Sanitation, dispensaries and jails vaccination Rajputana 1922-1927 - 1922-1927
Year: 1922
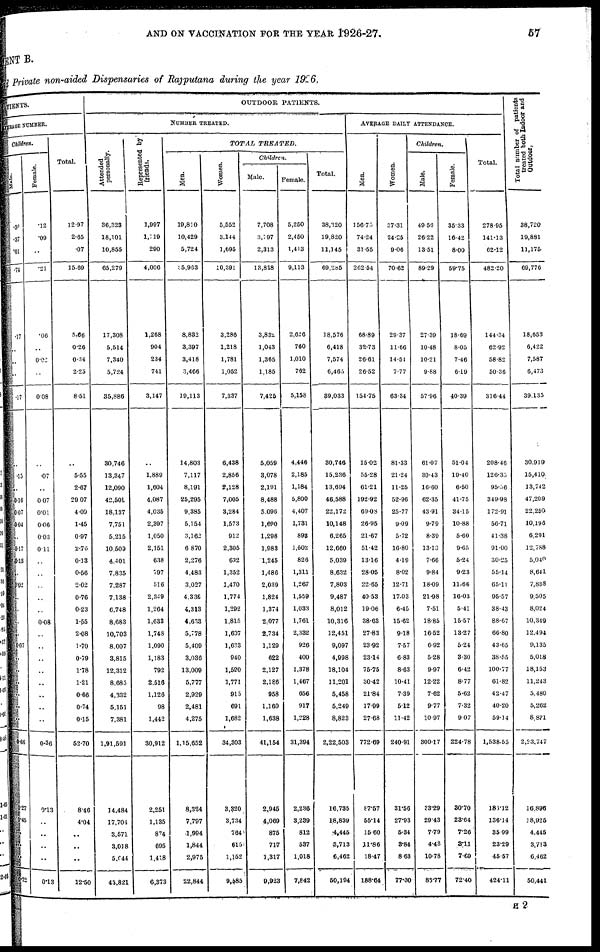
AND ON VACCINATION FOR THE YEAR 1926-27.
57
MENT B.
and private non-aided Dispensaries of Rajputana during the year 1926.
PATIENTS.
AVERAGE NUMBER.
Children.
Male.
.36
.37
.01
.74
.17
..
..
..
.17
..
.15
..
0.10
0.07
0.04
..
0.17
0.13
..
0.02
...
..
..
..
6.07
..
..
..
..
..
..
0.66
0.27
0.45
..
..
..
0.72
Female.
.12
.09
..
.21
.06
..
0.02
..
0.08
..
.07
..
007
0.01
0.06
0.03
0.11
..
..
..
..
..
0.08
..
..
..
..
..
..
..
..
0.30
0.13
..
..
..
..
0.13
Total.
12.97
2.65
.07
15.69
5.66
0.26
0.34
2.25
8.51
..
5.55
2.67
29.07
4.09
1.45
0.97
2 .76
0.13
0.56
2.02
0.76
0.23
1.55
2.08
1.70
0.79
1.78
1.21
0.66
0.74
0.15
52.70
8.46
4.04
..
..
..
12.50
OUTDOOR PATIENTS.
NUMBER TREATED.
Attended
personally.
36,323
18,101
10,855
65,279
17,308
5,514
7,340
5,724
35,886
30,746
13,347
12,090
42,501
18,137
7,751
5,215
10,509
4,401
7,835
7,287
7,138
6,748
8,683
10,703
8,007
3,815
12,312
8,685
4,332
5,151
7,381
1,91,591
14,484
17,704
3,571
3,018
5,044
43,821
Represented by
friends.
1,997
1,719
290
4,006
1,268
904
234
741
3,147
..
1,889
1,604
4,087
4,035
2,397
1,050
2,151
638
797
516
2,349
1,264
1,633
1,748
1,090
1,183
792
2,516
1,126
98
1,442
30,912
2,251
1,135
874
695
1,418
6,873
TOTAL
TREATED.
Men.
19,810
10,429
5,724
35,963
8,882
3,397
3,418
3,466
19,113
14,803
7,117
8,191
25,295
9,385
5,154
3,162
6,870
2,276
4,483
3,027
4,336
4,313
4,633
5,778
5,409
3,036
13,009
5,777
2,929
2,481
4,275
1,15,652
8,324
7,797
1,994
1,844
2,975
22,844
Women.
5,552
3,144
1,695
10,391
3,286
1,218
1,781
1,052
7,337
6,438
2,856
2,128
7,005
3,284
1,573
912
2,305
632
1,352
1,470
1,774
1,292
1,815
1,607
1,633
940
1,590
1,771
915
691
1,682
34,303
3,320
3,734
764
615
1,152
9,585
Children.
Male.
7,708
3,797
2,313
13,818
3,832
1,043
1,365
1,185
7,425
5,059
3,078
2,191
8,488
5,090
1,690
1,298
1,983
1,245
1,486
2,039
1,824
1,374
2,077
2,734
1,129
622
2,127
2,186
958
1,160
1,638
41,154
2,945
4,069
875
717
1,317
9,923
Female.
5,250
2,450
1,413
9,113
2,626
760
1,010
762
5,153
4,446
2,185
1,184
5,800
4,407
1,731
898
l,502
826
1,311
1,267
1,559
1,033
1,761
2,332
926
400
1,378
1,467
656
917
1,228
31,394
2,236
3,239
812
537
1,018
7,842
Total.
38,320
19,820
11,145
69,285
18,576
6,418
7,574
6,465
89,033
30,746
15,236
13,694
46,588
22,172
10,148
6,265
12,660
5,039
8,632
7,803
9,487
8,012
10,316
12,451
9,097
4,998
18,104
11,201
5,458
5,249
8,823
2,22,503
16,785
18,839
4,445
3,713
6,462
50,194
AVERAGE DAILY ATTENDANCE.
Men.
156.75
74.24
31.55
262.54
68.89
32.73
26.61
26.52
154.75
15.02
55.28
61.21
192.92
69.08
26.95
21.67
51.42
13.16
28.05
22.65
40.53
19.06
38.63
27.83
23.92
23.14
75.75
30.42
21.84
17.99
27.68
772.69
87.57
55.14
15.60
11.86
18.47
188.64
Women.
37.31
24.25
9.06
70.62
29.37
11.66
14.54
7.77
63.34
81.33
21.24
11.25
52.96
25.77
9.09
5.72
16.80
4.19
8.02
12.71
17.03
6.45
15.62
9.18
7.57
6.83
8.63
10.41
7.39
5.12
11.42
240.91
31.56
27.93
5.34
3.84
8.63
77.30
Children
Male.
49.56
26.22
13.51
89.29
27.39
10.48
10.21
9.88
57.96
61.07
30.43
16.60
62.35
43.91
9.79
8.39
13.13
7.66
9.84
18.09
21.98
7.51
18.85
16.52
6.92
5.28
9.97
12.22
7.62
9.77
10.97
300.17
33.29
29.43
7.79
4.48
10.78
85.77
Female.
35.33
16.42
8.00
59.75
18.69
8.05
7.46
6.19
40.39
5104
19.40
6.50
41.75
34.15
10.88
5.60
9.65
5.24
9.23
11.66
16.03
5.41
15.57
13.27
5.24
3.30
6.42
8.77
5.62
7.32
9.07
224.78
30.70
28.64
7.26
3.11
7.69
72.40
Total.
278.95
141.13
62.12
482.20
144.34
62.92
58.82
50.36
316.44
208.46
126.35
95.56
349.98
172.91
56.71
41.38
91.00
30.25
55.14
65.11
95.57
38.43
88.67
66.80
43.65
38.55
100.77
61.82
42.47
40.20
59.14
1,538.55
183.12
136.14
35.99
23.29
45.57
424.11
Total number of patients
treated both Indoor and
Outdoor.
38,720
19,881
11,175
69,776
18,653
6,422
7,587
6,473
39,135
30,919
15,410
13,742
47,209
22,250
10,196
6,291
12,788
5,040
8,641
7,838
9.505
8,024
10,349
12.494
9,135
5,018
18,153
11,243
5,480
5,262
8,881
2,23.747
16,896
18,925
4,445
3,713
6,462
50,441
H 2